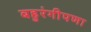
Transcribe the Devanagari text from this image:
बहुरंगीपणा